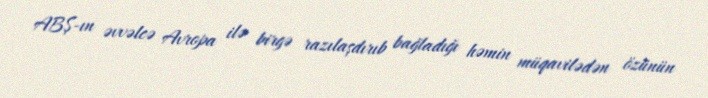
ABŞ-ın əvvəlcə Avropa ilə birgə razılaşdırıb bağladığı həmin müqavilədən özünün